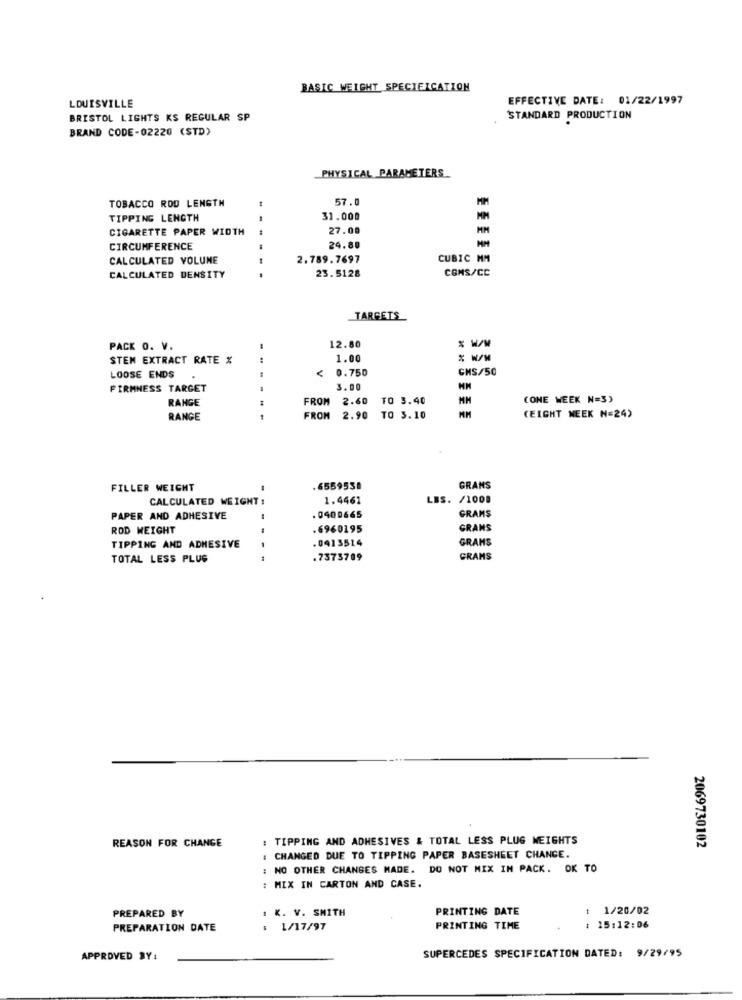
BASIC WEIGHT SPECIFICATION
EFFECTIVE DATE: 01/22/1997
LOUISVILLE
BRISTOL LIGHTS KS REGULAR SP
STANDARD PRODUCTION
BRAND CODE-02220 (STD)
PHYSICAL PARAMETERS.
TOBACCO ROD LENGTH
57.0
TIPPING LENGTH
31.000
CIGARETTE PAPER WIDTH
27.00
MM
CIRCUMFERENCE
24.80
CALCULATED VOLUME
2.789.7697
CUBIC MM
23.5128
COMS/CC
CALCULATED DENSITY
TARGETS
PACK O. V.
12.80
* W/M
STEM EXTRACT RATE %
1.00
0.750
GHS/50
LOOSE ENDS
FIRMNESS TARGET
3.00
RANGE
FROM
2.60
TO 3.40
(ONE WEEK N=3)
RANGE
---
FROM
2.90
TO 3.10
(EIGHT WEEK N=24)
FILLER WEIGHT
.6559538
GRANS
CALCULATED WEIGHT :
1.4461
LBS. /1000
PAPER AND ADHESIVE
.0400665
GRAMS
ROD WEIGHT
.6960195
GRANS
GRAMS
TIPPING AND ADHESIVE
.0413514
TOTAL LESS PLUS
.7373789
GRAMS
REASON FOR CHANGE
: TIPPING AND ADHESIVES & TOTAL LESS PLUG WEIGHTS
2069730102
CHANGED DUE TO TIPPING PAPER BASESHEET CHANGE.
: NO OTHER CHANGES MADE. DO NOT MIX IN PACK. OK TO
: MIX IN CARTON AND CASE.
PREPARED BY
. K. V. SMITH
PRINTING DATE
: 1/20/02
PREPARATION DATE
: 1/17/97
PRINTING TIME
1 15:12:06
SUPERCEDES SPECIFICATION DATED: 9/29/95
APPROVED BY: